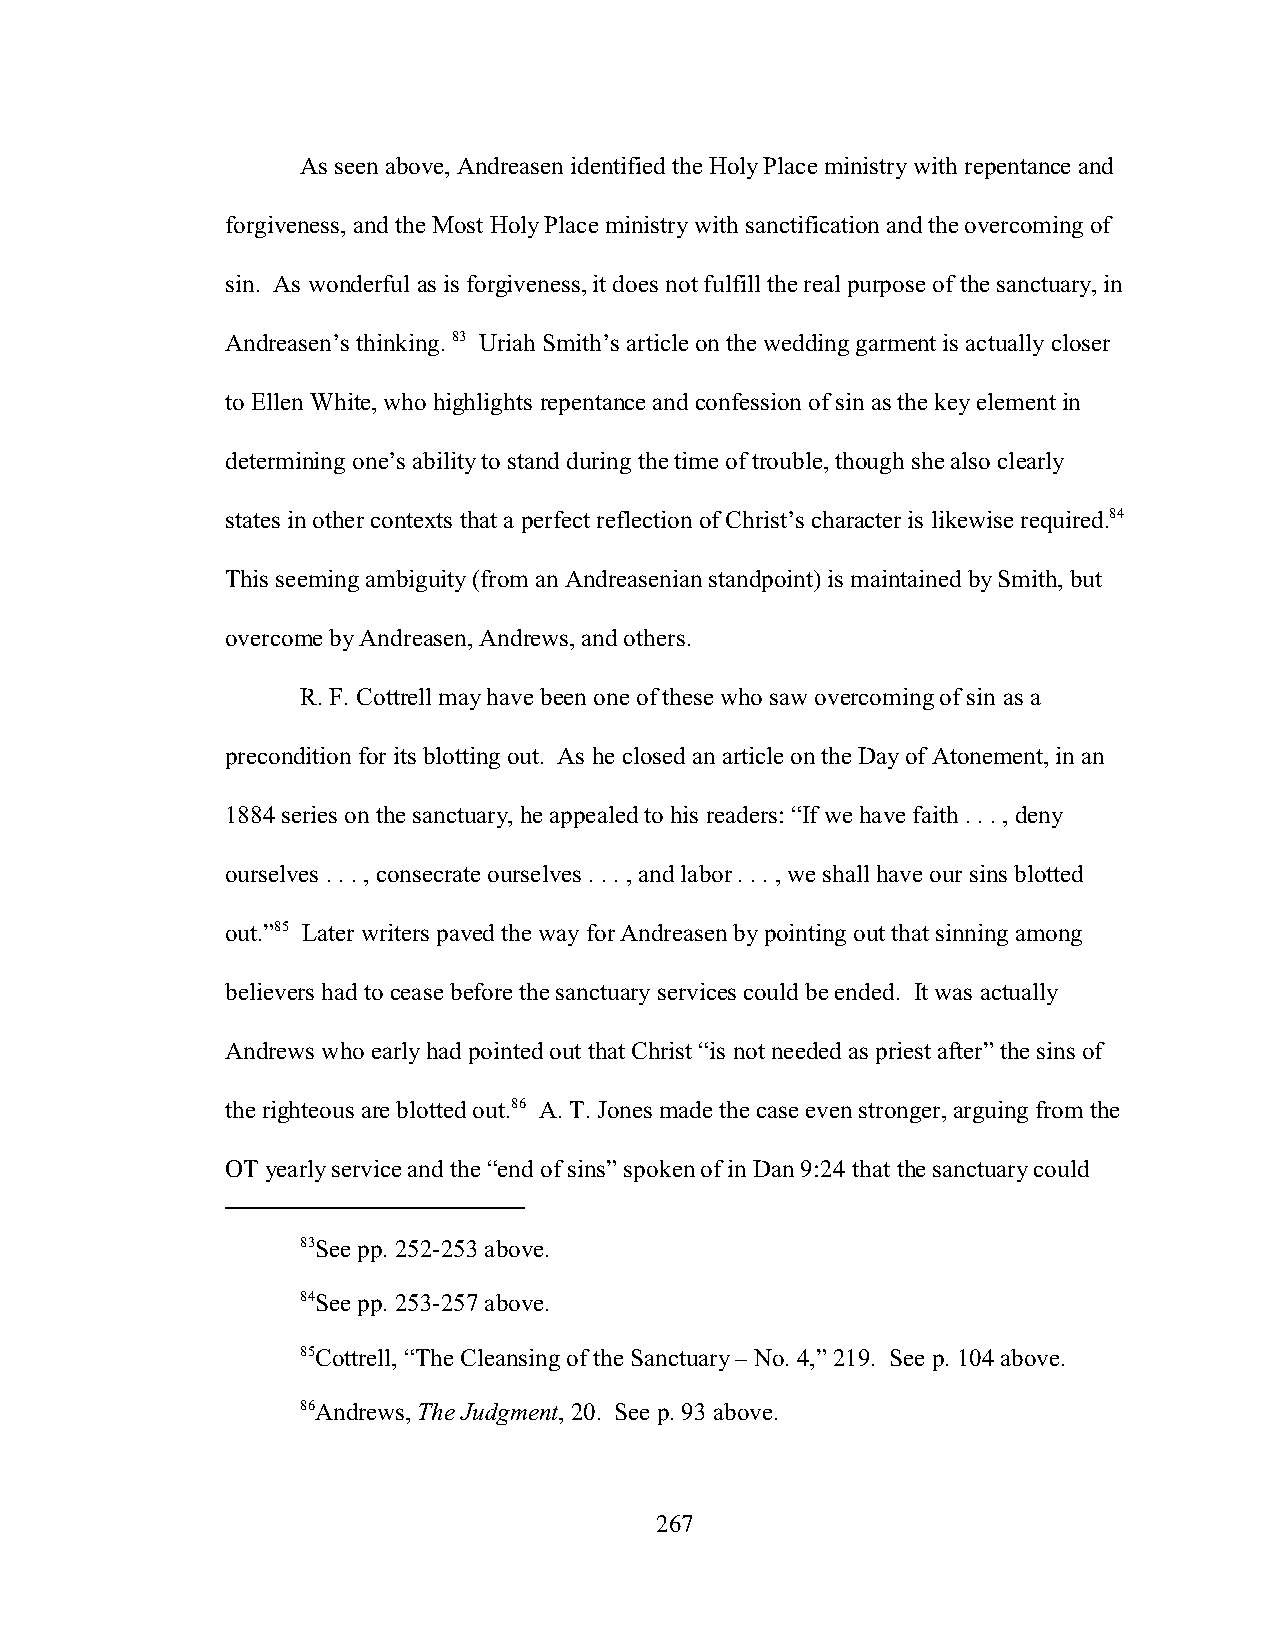
As seen above, Andreasen identified the Holy Place ministry with repentance and
 forgiveness, and the Most Holy Place ministry with sanctification and the overcoming of
 sin. As wonderful as is forgiveness, it does not fulfill the real purpose of the sanctuary, in
 Andreasen’s thinking. 83 Uriah Smith’s article on the wedding garment is actually closer
 to Ellen White, who highlights repentance and confession of sin as the key element in
 determining one’s ability to stand during the time of trouble, though she also clearly
 states in other contexts that a perfect reflection of Christ’s character is likewise required.84
 This seeming ambiguity (from an Andreasenian standpoint) is maintained by Smith, but
 overcome by Andreasen, Andrews, and others.
 R. F. Cottrell may have been one of these who saw overcoming of sin as a
 precondition for its blotting out. As he closed an article on the Day of Atonement, in an
 1884 series on the sanctuary, he appealed to his readers: “If we have faith . . . , deny
 ourselves . . . , consecrate ourselves . . . , and labor . . . , we shall have our sins blotted
 out.”85 Later writers paved the way for Andreasen by pointing out that sinning among
 believers had to cease before the sanctuary services could be ended. It was actually
 Andrews who early had pointed out that Christ “is not needed as priest after” the sins of
 the righteous are blotted out.86 A. T. Jones made the case even stronger, arguing from the
 OT yearly service and the “end of sins” spoken of in Dan 9:24 that the sanctuary could
 83See pp. 252-253 above.
 84See pp. 253-257 above.
 85Cottrell, “The Cleansing of the Sanctuary – No. 4,” 219. See p. 104 above.
 86Andrews, The Judgment, 20. See p. 93 above.
 267